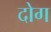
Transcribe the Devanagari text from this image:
दोग